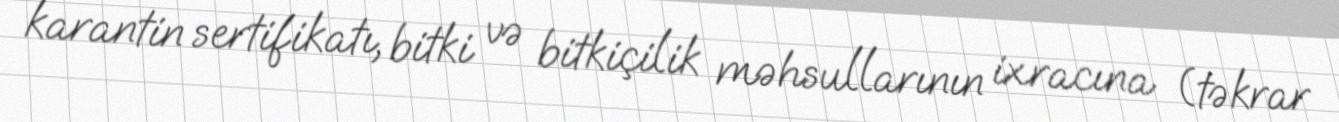
karantin sertifikatı, bitki və bitkiçilik məhsullarının ixracına (təkrar